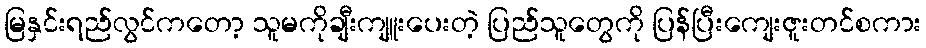
မြနှင်းရည်လွင်ကတော့ သူမကိုချီးကျူးပေးတဲ့ ပြည်သူတွေကို ပြန်ပြီးကျေးဇူးတင်စကား